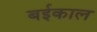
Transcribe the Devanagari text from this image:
बईकाल